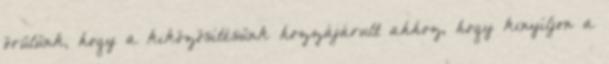
örülünk, hogy a kiközösítésünk hozzájárult ahhoz, hogy kinyíljon a